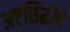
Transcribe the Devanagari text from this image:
अष्टसिद्धीचे